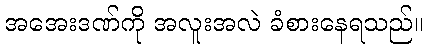
အအေးဒဏ်ကို အလူးအလဲ ခံစားနေရသည်။